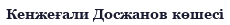
Кенжеғали Досжанов көшесі